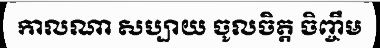
កាលណា សប្បាយ ចូលចិត្ត ចិញ្ចឹម